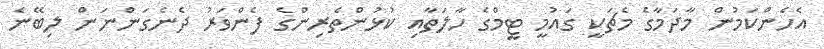
އެހެންކަމުން މާދަމާގެ މެޗަކީ ގައުމީ ޓީމްގެ ހާލަތާއި ކުޅުންތެރިންގެ ފެންވަރު ދެނެގަންނަން ލިބޭނެ